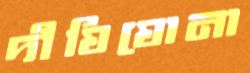
দীঘিঘোনা